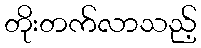
တိုးတက်လာသည့်